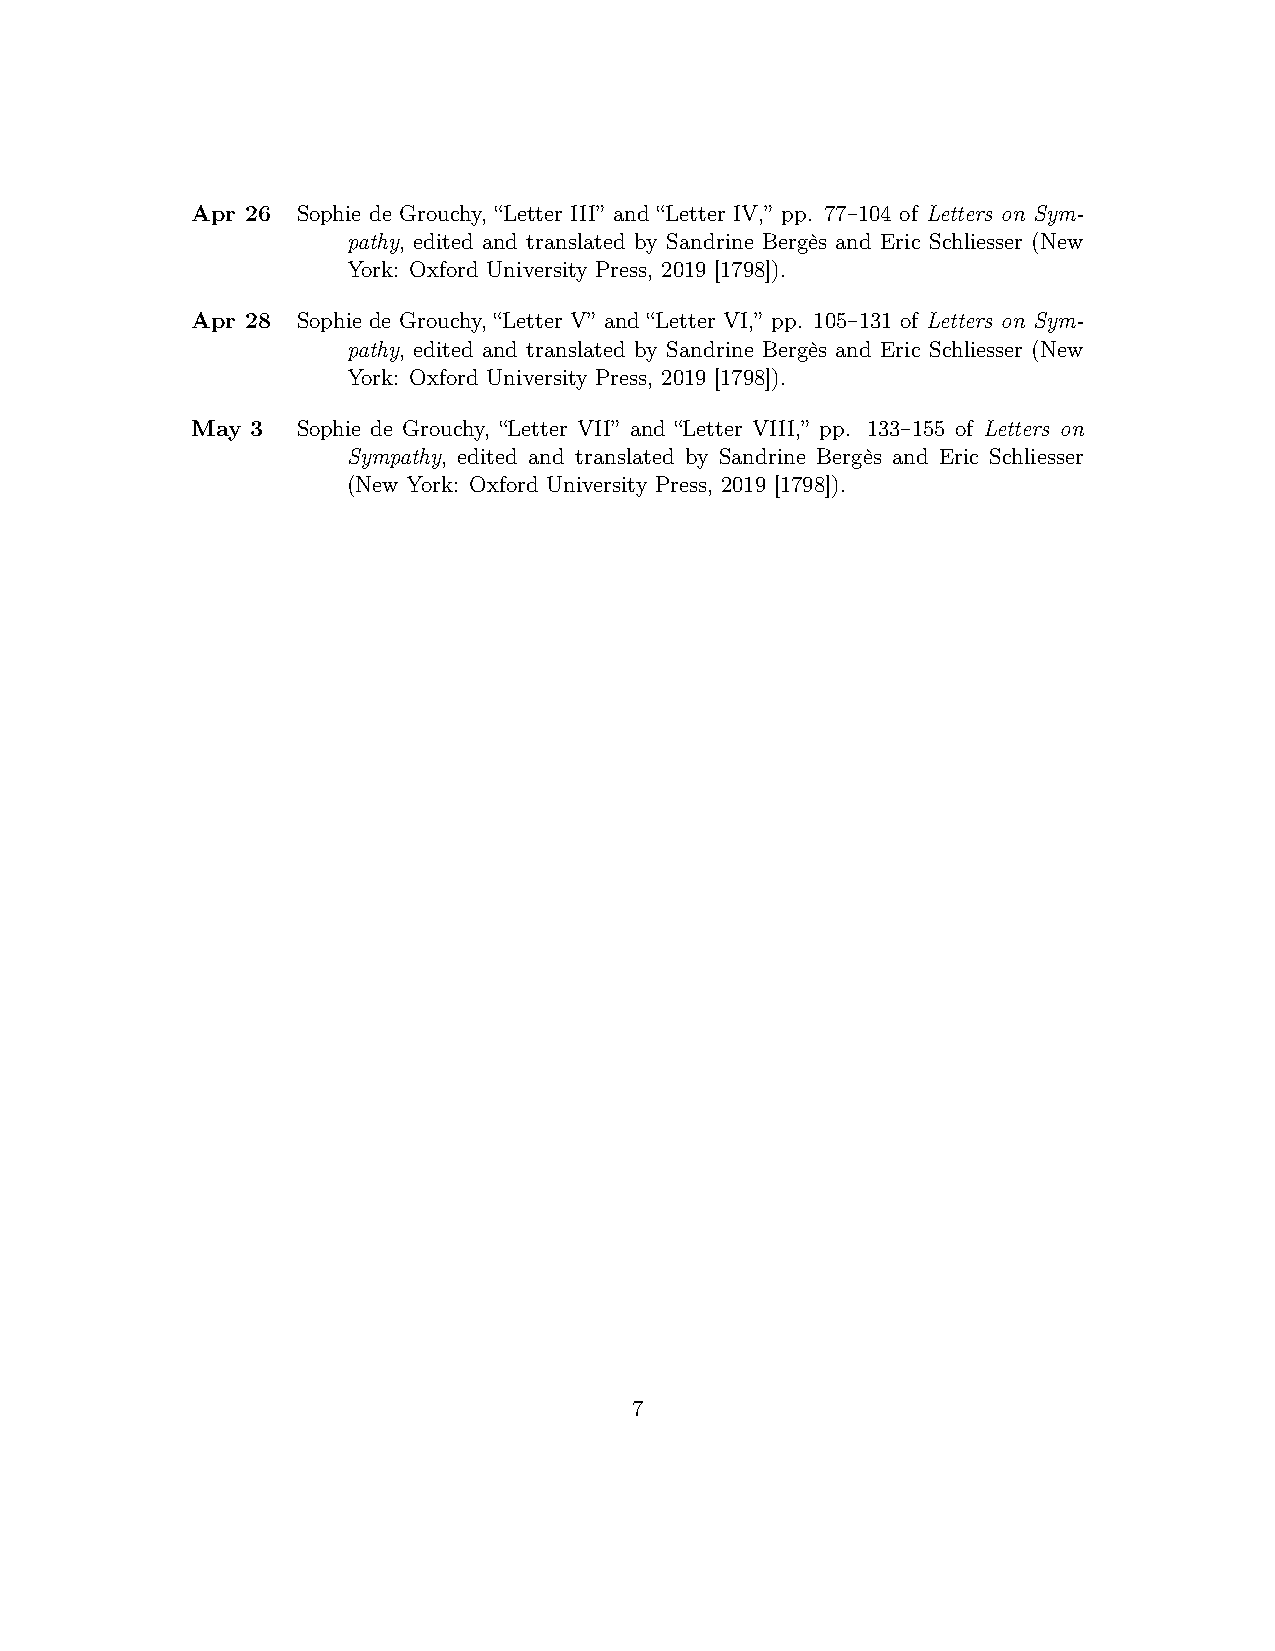
Apr 26 Sophie de Grouchy, “Letter III” and “Letter IV,” pp. 77–104 of Letters on Sym-
 pathy, edited and translated by Sandrine Bergès and Eric Schliesser (New
 York: Oxford University Press, 2019 [1798]).
 Apr 28 Sophie de Grouchy, “Letter V” and “Letter VI,” pp. 105–131 of Letters on Sym-
 pathy, edited and translated by Sandrine Bergès and Eric Schliesser (New
 York: Oxford University Press, 2019 [1798]).
 May 3  Sophie de Grouchy, “Letter VII” and “Letter VIII,” pp. 133–155 of Letters on
 Sympathy, edited and translated by Sandrine Bergès and Eric Schliesser
 (New York: Oxford University Press, 2019 [1798]).
 7